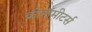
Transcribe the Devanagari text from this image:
क्रोनॉमीटर्स